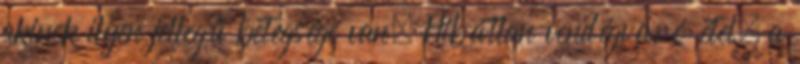
akinek ilyen jellegű betegsége van. Hibátlan vendégváró étel, a